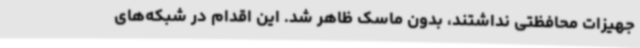
جهیزات محافظتی نداشتند، بدون ماسک ظاهر شد. این اقدام در شبکه‌های